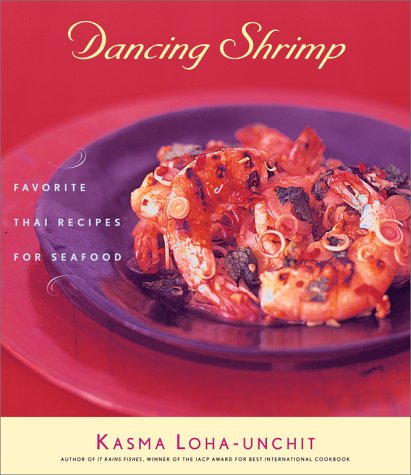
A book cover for Dancing Shrimp: Favorite Thai Recipes for Seafood; Kasma Loha-unchit; Cookbooks, Food & Wine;